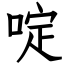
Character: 啶